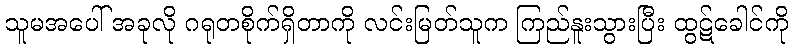
သူမအပေါ် အခုလို ဂရုတစိုက်ရှိတာကို လင်းမြတ်သူက ကြည်နူးသွားပြီး ထွဋ်ခေါင်ကို